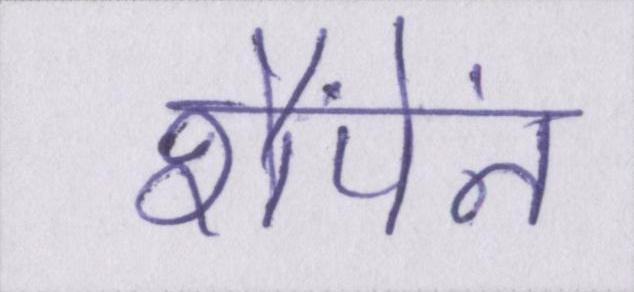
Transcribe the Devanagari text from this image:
शैंपेंन